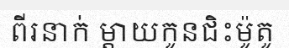
ពីរនាក់ ម្តាយកូនជិះម៉ូតូ